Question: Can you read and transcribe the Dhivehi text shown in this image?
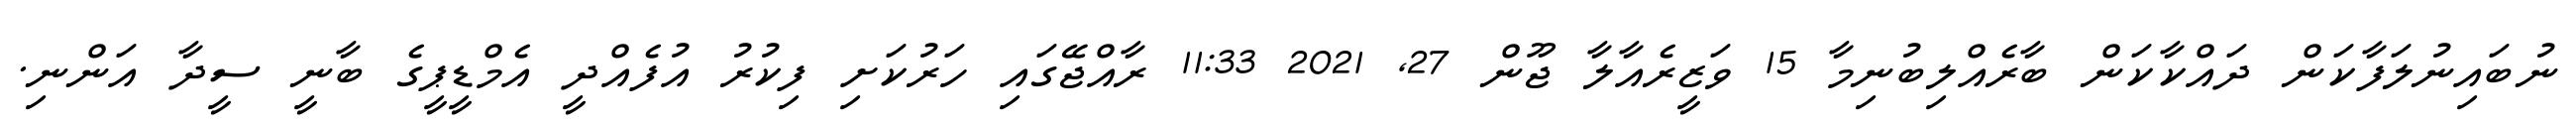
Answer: ނުބައިނުލަފާކަން ދައްކާކަން ބާރެއްލިބުނިމާ 15 ވަޒީރެއާލާ ޖޫން 27, 2021 11:33 ރާއްޖޭގައި ހަރުކަށި ފިކުރު އުފެއްދީ އެމްޑީޕީގެ ބާނީ ސީދާ އަންނި.